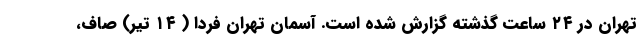
تهران در ۲۴ ساعت گذشته گزارش شده است. آسمان تهران فردا ( ۱۴ تیر) صاف،